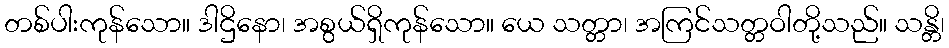
တစ်ပါးကုန်သော။ ဒါဌိနော၊ အစွယ်ရှိကုန်သော။ ယေ သတ္တာ၊ အကြင်သတ္တဝါတို့သည်။ သန္တိ၊